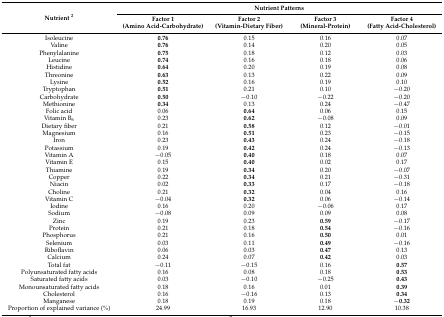
<table><thead><tr><td rowspan="2"><b>Nutrient <sup>2</sup></b></td><td colspan="4"><b>Nutrient Patterns</b></td></tr><tr><td><b>Factor 1 (Amino Acid-Carbohydrate)</b></td><td><b>Factor 2 (Vitamin-Dietary Fiber)</b></td><td><b>Factor 3 (Mineral-Protein)</b></td><td><b>Factor 4 (Fatty Acid-Cholesterol)</b></td></tr></thead><tbody><tr><td>Isoleucine</td><td><b>0.76</b></td><td>0.15</td><td>0.16</td><td>0.07</td></tr><tr><td>Valine</td><td><b>0.76</b></td><td>0.14</td><td>0.20</td><td>0.05</td></tr><tr><td>Phenylalanine</td><td><b>0.75</b></td><td>0.18</td><td>0.12</td><td>0.03</td></tr><tr><td>Leucine</td><td><b>0.74</b></td><td>0.16</td><td>0.18</td><td>0.06</td></tr><tr><td>Histidine</td><td><b>0.64</b></td><td>0.20</td><td>0.19</td><td>0.08</td></tr><tr><td>Threonine</td><td><b>0.63</b></td><td>0.13</td><td>0.22</td><td>0.09</td></tr><tr><td>Lysine</td><td><b>0.52</b></td><td>0.16</td><td>0.19</td><td>0.10</td></tr><tr><td>Tryptophan</td><td><b>0.51</b></td><td>0.21</td><td>0.10</td><td>−0.20</td></tr><tr><td>Carbohydrate</td><td><b>0.50</b></td><td>−0.10</td><td>−0.22</td><td>−0.20</td></tr><tr><td>Methionine</td><td><b>0.34</b></td><td>0.13</td><td>0.24</td><td>−0.47</td></tr><tr><td>Folic acid</td><td>0.06</td><td><b>0.64</b></td><td>0.06</td><td>0.15</td></tr><tr><td>Vitamin B<sub>6</sub></td><td>0.23</td><td><b>0.62</b></td><td>−0.08</td><td>0.09</td></tr><tr><td>Dietary fiber</td><td>0.21</td><td><b>0.58</b></td><td>0.12</td><td>−0.01</td></tr><tr><td>Magnesium</td><td>0.16</td><td><b>0.51</b></td><td>0.23</td><td>−0.15</td></tr><tr><td>Iron</td><td>0.23</td><td><b>0.43</b></td><td>0.24</td><td>−0.18</td></tr><tr><td>Potassium</td><td>0.19</td><td><b>0.42</b></td><td>0.24</td><td>−0.13</td></tr><tr><td>Vitamin A</td><td>−0.05</td><td><b>0.40</b></td><td>0.18</td><td>0.07</td></tr><tr><td>Vitamin E</td><td>0.15</td><td><b>0.40</b></td><td>0.02</td><td>0.17</td></tr><tr><td>Thiamine</td><td>0.19</td><td><b>0.34</b></td><td>0.20</td><td>−0.07</td></tr><tr><td>Copper</td><td>0.22</td><td><b>0.34</b></td><td>0.21</td><td>−0.31</td></tr><tr><td>Niacin</td><td>0.02</td><td><b>0.33</b></td><td>0.17</td><td>−0.18</td></tr><tr><td>Choline</td><td>0.21</td><td><b>0.32</b></td><td>0.04</td><td>0.16</td></tr><tr><td>Vitamin C</td><td>−0.04</td><td><b>0.32</b></td><td>0.06</td><td>−0.14</td></tr><tr><td>Iodine</td><td>0.16</td><td>0.20</td><td>−0.06</td><td>0.17</td></tr><tr><td>Sodium</td><td>−0.08</td><td>0.09</td><td>0.09</td><td>0.08</td></tr><tr><td>Zinc</td><td>0.19</td><td>0.23</td><td><b>0.59</b></td><td>−0.17</td></tr><tr><td>Protein</td><td>0.21</td><td>0.18</td><td><b>0.54</b></td><td>−0.16</td></tr><tr><td>Phosphorus</td><td>0.21</td><td>0.16</td><td><b>0.50</b></td><td>0.01</td></tr><tr><td>Selenium</td><td>0.03</td><td>0.11</td><td><b>0.49</b></td><td>−0.16</td></tr><tr><td>Riboflavin</td><td>0.06</td><td>0.03</td><td><b>0.47</b></td><td>0.13</td></tr><tr><td>Calcium</td><td>0.24</td><td>0.07</td><td><b>0.42</b></td><td>0.03</td></tr><tr><td>Total fat</td><td>−0.11</td><td>−0.15</td><td>0.16</td><td><b>0.57</b></td></tr><tr><td>Polyunsaturated fatty acids</td><td>0.16</td><td>0.08</td><td>0.18</td><td><b>0.53</b></td></tr><tr><td>Saturated fatty acids</td><td>0.03</td><td>−0.10</td><td>−0.25</td><td><b>0.43</b></td></tr><tr><td>Monounsaturated fatty acids</td><td>0.18</td><td>0.16</td><td>0.01</td><td><b>0.39</b></td></tr><tr><td>Cholesterol</td><td>0.16</td><td>−0.16</td><td>0.13</td><td><b>0.34</b></td></tr><tr><td>Manganese</td><td>0.18</td><td>0.19</td><td>0.18</td><td><b>−0.32</b></td></tr><tr><td>Proportion of explained variance (%)</td><td>24.99</td><td>16.93</td><td>12.90</td><td>10.38</td></tr></tbody></table>